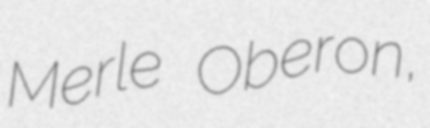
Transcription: Merle Oberon,